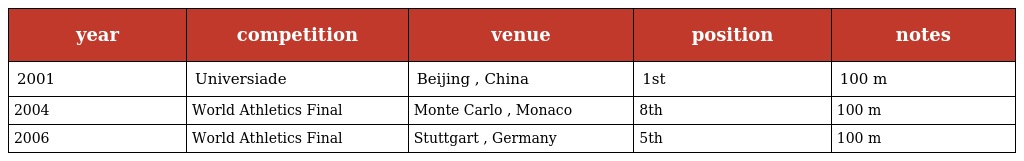
| year | competition | venue | position | notes |
 | --- | --- | --- | --- | --- |
 | 2001 | Universiade | Beijing , China | 1st | 100 m |
 | 2004 | World Athletics Final | Monte Carlo , Monaco | 8th | 100 m |
 | 2006 | World Athletics Final | Stuttgart , Germany | 5th | 100 m |